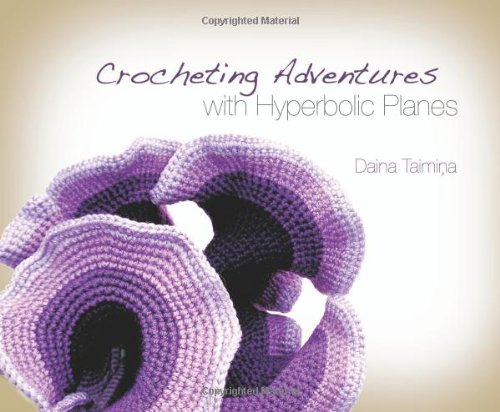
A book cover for Crocheting Adventures with Hyperbolic Planes; Daina Taimina; Humor & Entertainment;